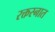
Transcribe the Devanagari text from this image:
रक्तस्नात